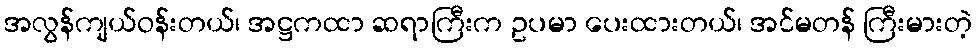
အလွန်ကျယ်ဝန်းတယ်၊ အဋ္ဌကထာ ဆရာကြီးက ဥပမာ ပေးထားတယ်၊ အင်မတန် ကြီးမားတဲ့